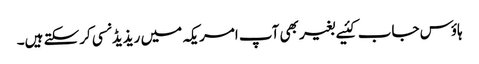
ہاؤس جاب کئیے بغیر بھی آپ امریکہ میں ریذیڈنسی کرسکتے ہیں۔